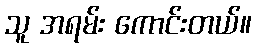
သူ အရမ်း ကောင်းတယ်။